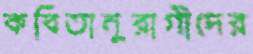
কবিতানুরাগীদের